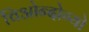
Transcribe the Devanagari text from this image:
चिओन्दोग्यो